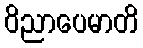
ဝိညာပေမာတိ